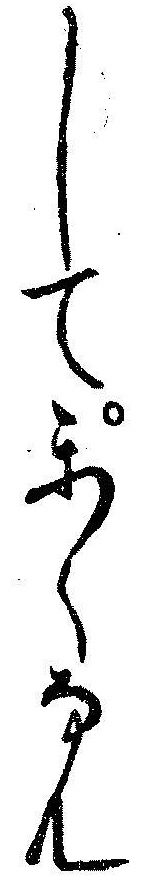
してかくなん